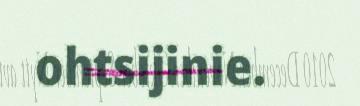
ohtsijinie.